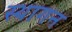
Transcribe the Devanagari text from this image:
स्थागन